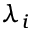
\lambda _ { i }